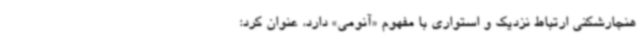
هنجارشکنی ارتباط نزدیک و استواری با مفهوم «آنومی» دارد، عنوان کرد: